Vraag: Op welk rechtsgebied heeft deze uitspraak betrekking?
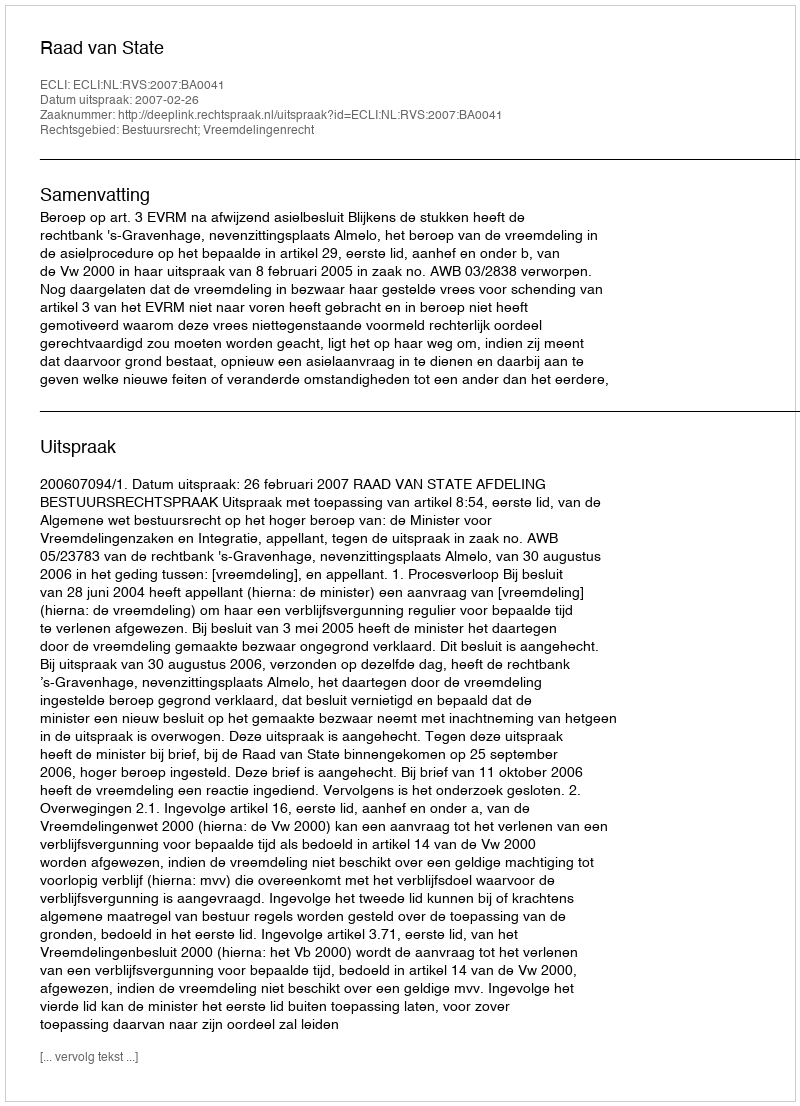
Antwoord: Bestuursrecht; Vreemdelingenrecht